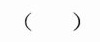
( )